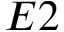
E 2